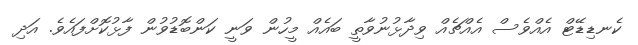
ކެނޑިޑޭޓް އެއްވެސް އެއްޗެއް ވިދާޅުނުވާތީ ބައެއް މީހުން ވަނީ ކަންބޮޑުވުން ފާޅުކޮށްފައެވެ. އަދި